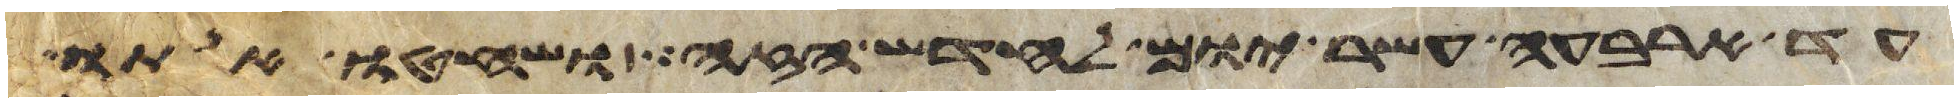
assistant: עד ארבעה עשר יום לחדש הזה ושחטו אתו